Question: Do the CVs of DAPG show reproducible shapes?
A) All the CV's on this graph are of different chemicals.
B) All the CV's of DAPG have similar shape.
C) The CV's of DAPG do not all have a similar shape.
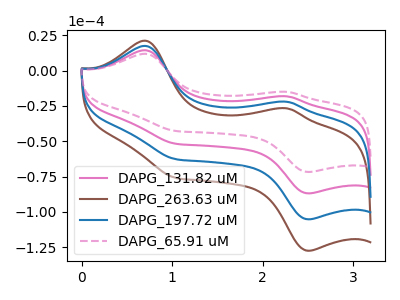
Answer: <think>The pink curve "DAPG_131.82 uM" has anodic peaks at (0.70V, 14.45uA) (2.25V, -18.25uA) and cathodic peaks at (2.50V, -86.90uA) (1.05V, -51.70uA). The brown curve "DAPG_263.63 uM" has anodic peaks at (0.70V, 43.30uA) (2.25V, -54.75uA) and cathodic peaks at (2.50V, -260.70uA) (1.05V, -155.15uA). The blue curve "DAPG_197.72 uM" has anodic peaks at (0.70V, 28.85uA) (2.25V, -36.50uA) and cathodic peaks at (2.50V, -173.80uA) (1.05V, -103.40uA). The pink dashed curve "DAPG_65.91 uM" has anodic peaks at (0.70V, 11.90uA) (2.25V, -15.05uA) and cathodic peaks at (2.50V, -71.75uA) (1.05V, -42.70uA).
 All the peaks in "DAPG_131.82 uM" have a peak in "DAPG_263.63 uM" at the same potential. All the peaks in "DAPG_131.82 uM" have a peak in "DAPG_197.72 uM" at the same potential. All the peaks in "DAPG_131.82 uM" have a peak in "DAPG_65.91 uM" at the same potential. All the peaks in "DAPG_263.63 uM" have a peak in "DAPG_197.72 uM" at the same potential. All the peaks in "DAPG_263.63 uM" have a peak in "DAPG_65.91 uM" at the same potential. All the peaks in "DAPG_197.72 uM" have a peak in "DAPG_65.91 uM" at the same potential.</think>
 <answer>B) All the CV's of "DAPG" have similar shape.</answer>
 <eval>B</eval>